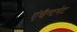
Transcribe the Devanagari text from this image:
एंचैन्टमेंट